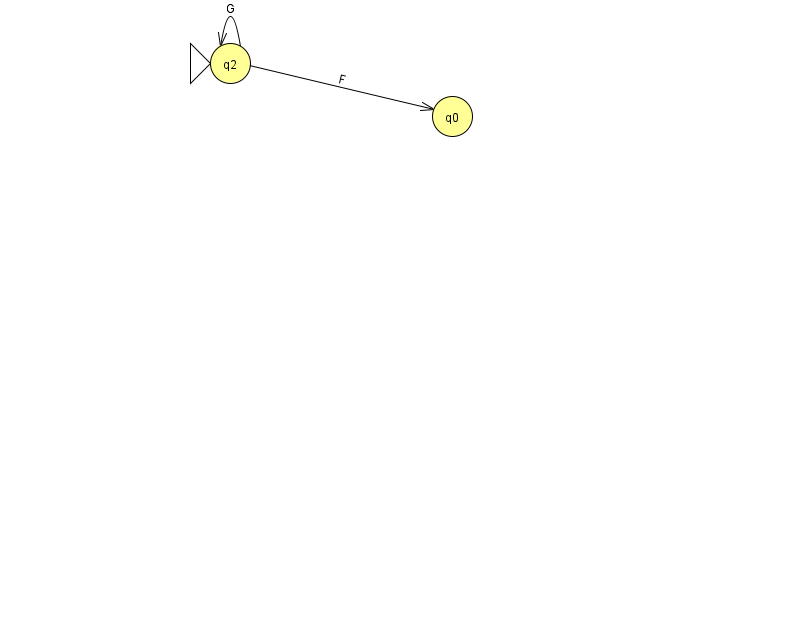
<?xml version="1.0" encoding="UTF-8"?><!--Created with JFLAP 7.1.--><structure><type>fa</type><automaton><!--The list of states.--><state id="0" name="q0"><x>452.0</x><y>103.0</y></state><state id="2" name="q2"><x>230.0</x><y>50.0</y><initial/></state><!--The list of transitions.--><transition><from>2</from><to>0</to><read>F</read></transition><transition><from>2</from><to>2</to><read>G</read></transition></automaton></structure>